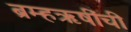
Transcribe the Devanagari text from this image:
ब्रम्हऋषींची